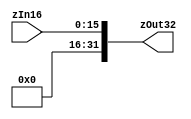
`timescale 1ns / 1ps
//////////////////////////////////////////////////////////////////////////////////
// Company: 
// Engineer: 
// 
// Design Name: 
// Module Name: zero_extend
// Project Name: 
// Target Devices: 
// Tool Versions: 
// Description: 
// 
// Dependencies: 
// 
// Revision:
// Revision 0.01 - File Created
// Additional Comments: Mdulo encargado de realizar la extensin de cero.
// 
//////////////////////////////////////////////////////////////////////////////////


module zero_extend(zOut32,zIn16);
output [31:0] zOut32;
input [15:0] zIn16;
assign zOut32 = {{16{1'b0}},zIn16};
endmodule